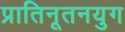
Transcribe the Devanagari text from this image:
प्रातिनूतनयुग